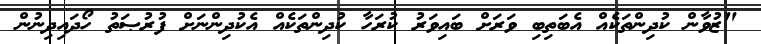
"ޒުވާން ކުދިންތަކެއް އެބަތިބި ވަރަށް ބައިވަރު ކުރަހާ ކުދިންތަކެއް އެކުދިންނަށް ފުރުޞަތު ހޯދައިދިނުން